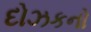
દોઝકનો